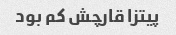
پیتزا قارچش کم بود